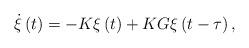
LaTeX: \begin{align*}\dot{\xi}\left(t\right)=-K\xi\left(t\right)+KG\xi\left(t-\tau\right),\end{align*}